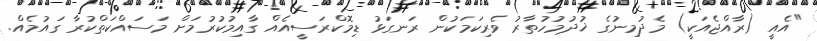
"އެއީ (ރާއްޖެއަކީ) މެދުމިނުގެ ޚުދުމުހުތާރު ވެރިކަމަކުން ރަނގަޅު ޑިމޮކްރަސީއެއް ގާއިމުކުރުމަށް މަސައްކަތްކުރާ ގައުމެއް.